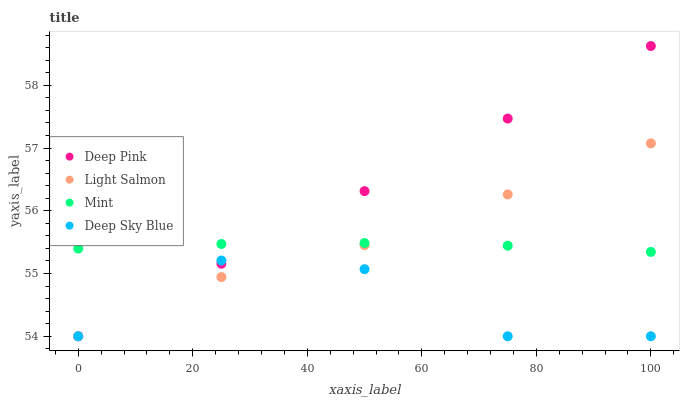
| xaxis_label | Deep Pink | Light Salmon | Mint | Deep Sky Blue |
 | --- | --- | --- | --- | --- |
 | 0 | 54 | 54 | 55.4 | 54 |
 | 25 | 55.2 | 54.9 | 55.5 | 55.2 |
 | 50 | 56.3 | 55.5 | 55.5 | 55.1 |
 | 75 | 57.5 | 56.3 | 55.4 | 54 |
 | 100 | 58.6 | 57.1 | 55.3 | 54 |